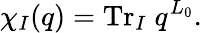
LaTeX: \chi_{I}(q)=\mathrm{Tr}_{I}\; q^{L_{0}}.